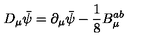
D _ { \mu } \bar { \psi } = \partial _ { \mu } \bar { \psi } - \frac { 1 } { 8 } B _ { \mu } ^ { a b }